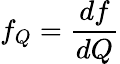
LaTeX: f_{Q}=\frac{df}{dQ}